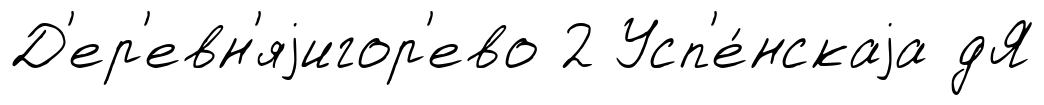
Д'ер'евн'яjигор'ево 2 Усп'е́нскаjа дЯ